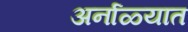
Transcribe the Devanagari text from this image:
अर्नाळ्यात